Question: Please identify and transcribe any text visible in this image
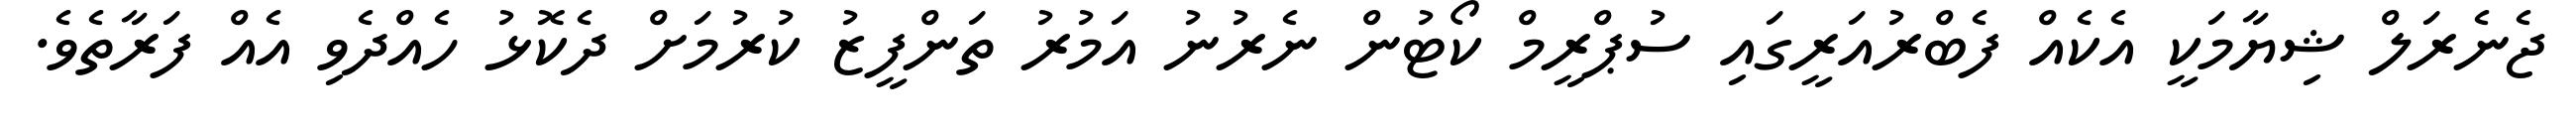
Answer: ޖެނެރަލް ޝިޔާމަކީ އެކެއް ފެބްރުއަރީގައި ސުޕްރީމް ކޯޓުން ނެރުނު އަމުރު ތަންފީޒު ކުރުމަށް ދެކޮޅު ހެއްދެވި އެއް ފަރާތެވެ.